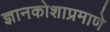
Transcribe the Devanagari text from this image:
ज्ञानकोशाप्रमाणे